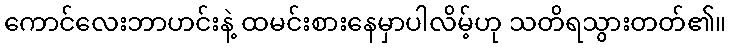
ကောင်လေးဘာဟင်းနဲ့ ထမင်းစားနေမှာပါလိမ့်ဟု သတိရသွားတတ်၏။